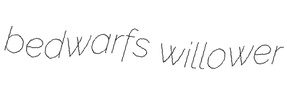
bedwarfs willower